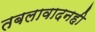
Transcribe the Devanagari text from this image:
तबलावादनही